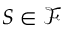
S \in { \mathcal { F } }